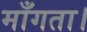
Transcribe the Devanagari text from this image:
माँगता।